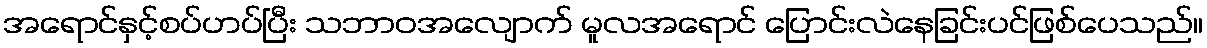
အရောင်နှင့်စပ်ဟပ်ပြီး သဘာဝအလျောက် မူလအရောင် ပြောင်းလဲနေခြင်းပင်ဖြစ်ပေသည်။